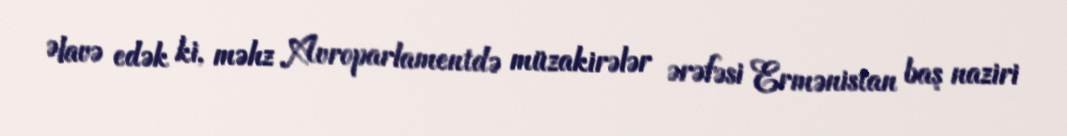
Əlavə edək ki, məhz Avroparlamentdə müzakirələr ərəfəsi Ermənistan baş naziri